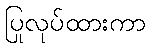
ပြုလုပ်ထားကာ